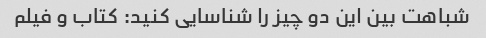
شباهت بین این دو چیز را شناسایی کنید: کتاب و فیلم